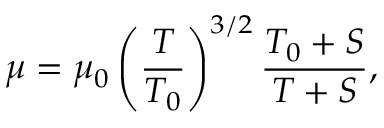
\mu = \mu _ { 0 } \left( { \frac { T } { T _ { 0 } } } \right) ^ { 3 / 2 } { \frac { T _ { 0 } + S } { T + S } } ,